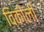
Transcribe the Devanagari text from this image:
विकीली